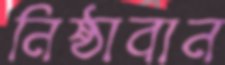
নিষ্ঠাবান